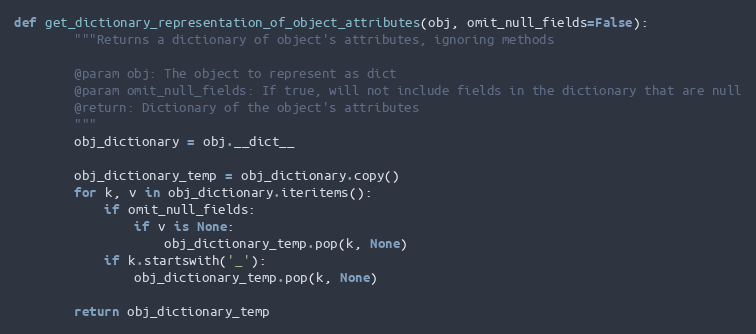
Language: Python
def get_dictionary_representation_of_object_attributes(obj, omit_null_fields=False):
        """Returns a dictionary of object's attributes, ignoring methods

        @param obj: The object to represent as dict
        @param omit_null_fields: If true, will not include fields in the dictionary that are null
        @return: Dictionary of the object's attributes
        """
        obj_dictionary = obj.__dict__

        obj_dictionary_temp = obj_dictionary.copy()
        for k, v in obj_dictionary.iteritems():
            if omit_null_fields:
                if v is None:
                    obj_dictionary_temp.pop(k, None)
            if k.startswith('_'):
                obj_dictionary_temp.pop(k, None)

        return obj_dictionary_temp